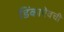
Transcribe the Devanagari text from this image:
डिंकाऐवची